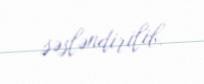
səsləndirilib.